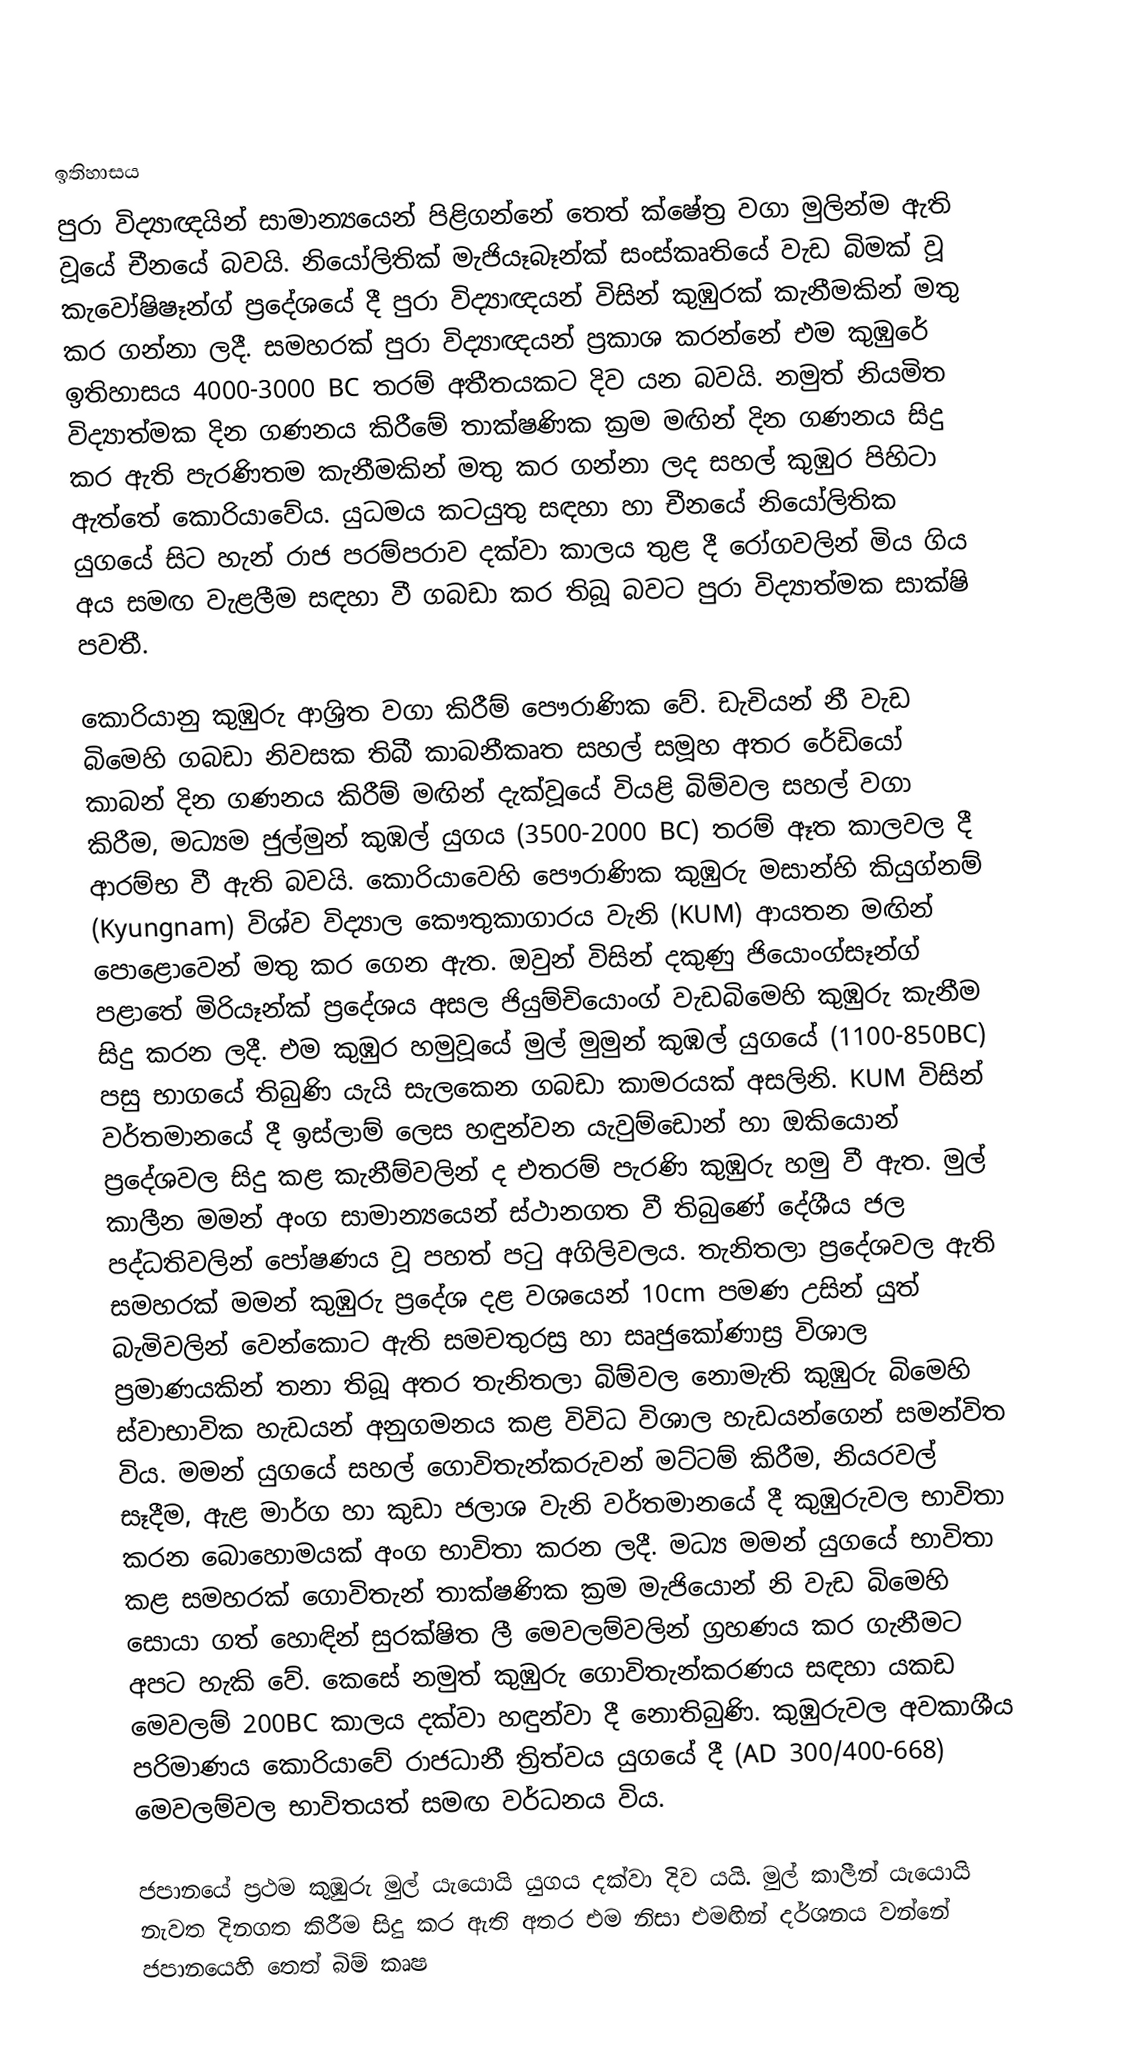

ඉතිහාසය
පුරා විද්‍යාඥයින් සාමාන්‍යයෙන් පිළිගන්නේ තෙත් ක්ෂේත්‍ර වගා මුලින්ම ඇති වූයේ චීනයේ බවයි. නියෝලිතික් මැජියෑබෑන්ක් සංස්කෘතියේ වැඩ බිමක් වූ කැවෝෂිෂෑන්ග් ප්‍රදේශයේ දී පුරා විද්‍යාඥයන් විසින් කුඹුරක් කැනීමකින් මතු කර ගන්නා ලදී. සමහරක් පුරා විද්‍යාඥයන් ප්‍රකාශ කරන්නේ එම කුඹුරේ ඉතිහාසය 4000-3000 BC තරම් අතීතයකට දිව යන බවයි. නමුත් නියමිත විද්‍යාත්මක දින ගණනය කිරීමේ තාක්ෂණික ක්‍රම මඟින් දින ගණනය සිදු කර ඇති පැරණිතම කැනීමකින් මතු කර ගන්නා ලද සහල් කුඹුර පිහිටා ඇත්තේ කොරියාවේය. යුධමය කටයුතු සඳහා හා චීනයේ නියෝලිතික යුගයේ සිට හැන් රාජ පරම්පරාව දක්වා කාලය තුළ දී රෝගවලින් මිය ගිය අය සමඟ වැළලීම සඳහා වී ගබඩා කර තිබූ බවට පුරා විද්‍යාත්මක සාක්ෂි පවතී.

‍කොරියානු කුඹුරු ආශ්‍රිත වගා කිරීම් පෞරාණික වේ. ඩැචියන් නී වැඩ බිමෙහි ගබඩා නිවසක තිබී කාබනීකෘත සහල් සමූහ අතර රේඩියෝ කාබන් දින ගණනය කිරීම් මඟින් දැක්වූයේ වියළි බිම්වල සහල් වගා කිරීම, මධ්‍යම ජුල්මුන් කුඹල් යුගය (3500-2000 BC) තරම් ඈත කාලවල දී ආරම්භ වී ඇති බවයි. කොරියාවෙහි පෞරාණික කුඹුරු මසාන්හි කියුග්නම් (Kyungnam) විශ්ව විද්‍යාල කෞතුකාගාරය වැනි (KUM) ආයතන මඟින් පොළොවෙන් මතු කර ගෙන ඇත. ඔවුන් විසින් දකුණු ජියොංග්සෑන්ග් පළාතේ මිරියෑන්ක් ප්‍රදේශය අසල ජියුම්චියොංග් වැඩබිමෙහි කුඹුරු කැනීම සිදු කරන ලදී. එම කුඹුර හමුවූයේ මුල් මුමුන් කුඹල් යුගයේ (1100-850BC) පසු භාගයේ තිබුණි යැයි සැලකෙන ගබඩා කාමරයක් අසලිනි. KUM විසින් වර්තමානයේ දී ඉස්ලාම් ලෙස හඳුන්වන යැවුම්ඩොන් හා ඔකියොන් ප්‍රදේශවල සිදු කළ කැනීම්වලින් ද එතරම් පැරණි කුඹුරු හමු වී ඇත. මුල් කාලීන මමන් අංග සාමාන්‍යයෙන් ස්ථානගත වී තිබුණේ දේශීය ජල පද්ධතිවලින් පෝෂණය වූ පහත් පටු අගිලිවලය. තැනිතලා ප්‍රදේශවල ඇති සමහරක් මමන් කුඹුරු ප්‍රදේශ දළ වශයෙන් 10cm පමණ උසින් යුත් බැමිවලින් වෙන්කොට ඇති සමචතුරස්‍ර හා සෘජුකෝණාස්‍ර විශාල ප්‍රමාණයකින් තනා තිබූ අතර තැනිතලා බිම්වල නොමැති කුඹුරු බිමෙහි ස්වාභාවික හැඩයන් අනුගමනය කළ විවිධ විශාල හැඩයන්ගෙන් සමන්විත විය. මමන් යුගයේ සහල් ගොවිතැන්කරුවන් මට්ටම් කිරීම, නියරවල් සෑදීම, ඇළ මාර්ග හා කුඩා ජලාශ වැනි වර්තමානයේ දී කුඹුරුවල භාවිතා කරන බොහොමයක් අංග භාවිතා කරන ලදී. මධ්‍ය මමන් යුගයේ භාවිතා කළ සමහරක් ගොවිතැන් තාක්ෂණික ක්‍රම මැජියොන් නි වැඩ බිමෙහි සොයා ගත් හොඳින් සුරක්ෂිත ලී මෙවලම්වලින් ග්‍රහණය කර ගැනීමට අපට හැකි වේ. කෙසේ නමුත් කුඹුරු ගොවිතැන්කරණය සඳහා යකඩ මෙවලම් 200BC කාලය දක්වා හඳුන්වා දී නොතිබුණි. කුඹුරුවල අවකාශීය පරිමාණය කොරියාවේ රාජධානී ත්‍රිත්වය යුගයේ දී (AD 300/400-668) මෙවලම්වල භාවිතයත් සමඟ වර්ධනය විය.

ජපානයේ ප්‍රථම කුඹුරු මුල් යැයොයි යුග‍ය දක්වා දිව යයි. මුල් කාලීන් යැයොයි නැවත දිනගත කිරීම සිදු කර ඇති අතර එම නිසා එමඟින් දර්ශනය වන්නේ ජපානයෙහි තෙත් බිම් කෘෂ